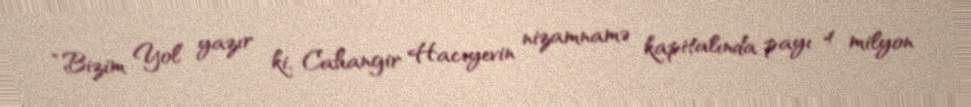
“Bizim Yol” yazır ki, Cahangir Hacıyevin nizamnamə kapitalında payı 4 milyon